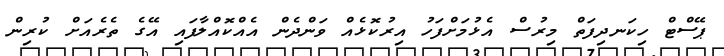
ޕޭސްޓް ހިކަނދިފަތް މިރުސް އެޅުމަށްފަހު އިރުކޮޅެއް ވަންދެން އެއްކޮއްލާފައި އޭގެ ތެރެއަށް ކުރިން